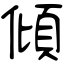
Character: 傾